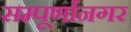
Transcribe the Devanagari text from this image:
सम्पूर्णानगर